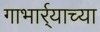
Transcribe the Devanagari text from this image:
गाभार्र्‍याच्या